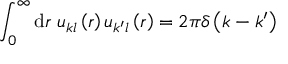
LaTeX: \int _ { 0 } ^ { \infty } \mathrm { d } r \; u _ { k l } \left( r \right) u _ { k ^ { \prime } l } \left( r \right) = 2 \pi \delta \left( k - k ^ { \prime } \right)